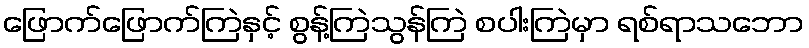
ဖြောက်ဖြောက်ကြဲနှင့် စွန့်ကြဲသွန်ကြဲ စပါးကြဲမှာ ရစ်ရာသဘော